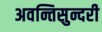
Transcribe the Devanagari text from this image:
अवन्तिसुन्दरी